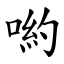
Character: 喲